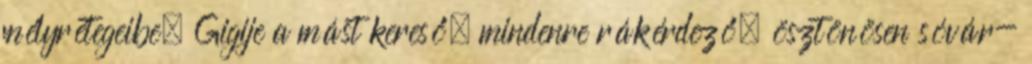
mélyrétegeibe. Gigije a mást kereső, mindenre rákérdező, ösztönösen sóvár-